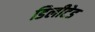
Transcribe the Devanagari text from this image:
डिलीटेड